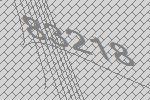
83218